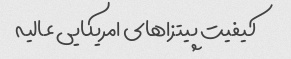
کیفیت پیتزاهای امریکایی عالیه